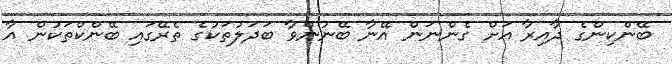
ބޭންކިންގެ ދާއިރާ އަށް ގެންނަން އޭނާ ބޭނުންވާ ބަދަލުތަކުގެ ތެރޭގައި ބޭންކްތަކުން އާ